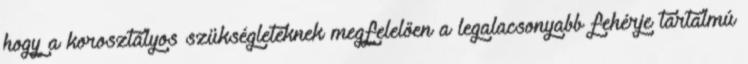
hogy a korosztályos szükségleteknek megfelelően a legalacsonyabb fehérje tartalmú